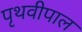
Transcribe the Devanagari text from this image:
पृथवीपाल